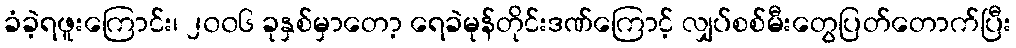
ခံခဲ့ရဖူးကြောင်း၊ ၂၀၀၆ ခုနှစ်မှာတော့ ရေခဲမုန်တိုင်းဒဏ်ကြောင့် လျှပ်စစ်မီးတွေပြတ်တောက်ပြီး